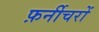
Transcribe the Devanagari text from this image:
फ़र्नीचरों